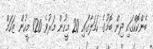
ބެންކޮކްގައި ދިން ބޮމުގެ ހަމަލާގައި 20 މީހުން މަރުވެ 120 މީހުން ޒަހަމް